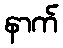
နာက်